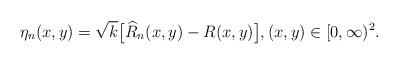
LaTeX: \begin{align*} \eta_n(x,y) = \sqrt{k} \bigl[\widehat{R}_n(x,y)- R(x,y) \bigr], (x,y) \in[0,\infty)^2.\end{align*}